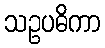
သဥပဓိကာ